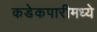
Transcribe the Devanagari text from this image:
कडेकपारीमध्ये